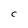
Character: C